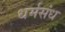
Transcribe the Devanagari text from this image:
धर्मसंध